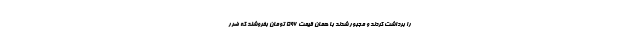
را برداشت کردند و مجبور شدند با همان قیمت ۵۹۶ تومان بفروشند که ضرر